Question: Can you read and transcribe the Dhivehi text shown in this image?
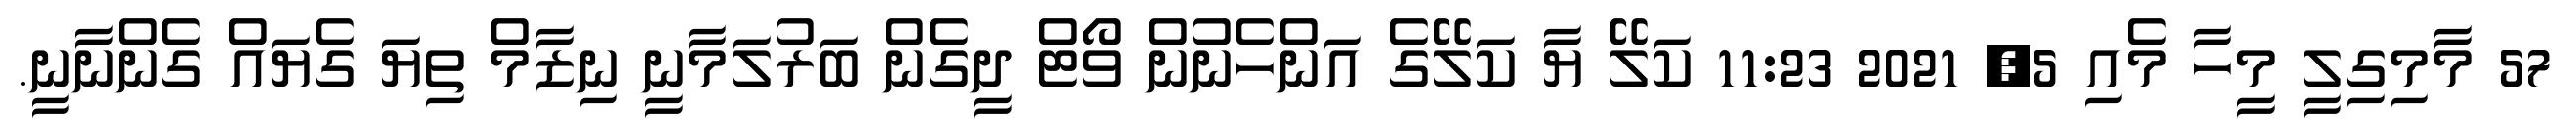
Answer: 57 މާމިގިލީ މީހާ މެއި 5, 2021 11:23 ކަލޭ ޔާ ކަލޭގެ އަންހެނުން ވޯޓް ދީގެން ބަރުލަމާނީ ނިޒާމް ތިޔަ ގެޔައް ގެންނާނީ.